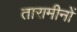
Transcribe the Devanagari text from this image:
तारामीनों